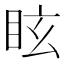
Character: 眩